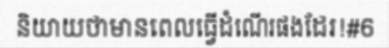
និយាយថាមានពេលធ្វើដំណើរផងដែរ!#6